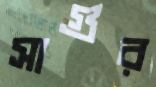
সাগুর